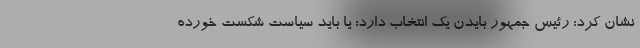
نشان کرد: رئیس جمهور بایدن یک انتخاب دارد؛ یا باید سیاست شکست خورده